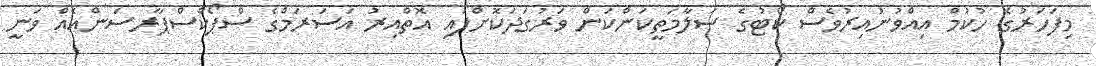
މިފަހަރުގެ ހުކުމް އިއްވުނުއިރުވެސް ކޯޓުގެ ސަލާމަތީކަންކަން ވަރުގަދަކޮށްފައި އޮތްއިރު އަސަރަމްގެ ސްޕޯކްސްޕާރސަންއެއް ވަނީ